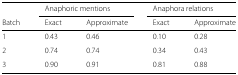
|  | <COLSPAN=2> Anaphoric mentions | <COLSPAN=2> Anaphora relations |
 | Batch | Exact | Approximate | Exact | Approximate |
 | --- | --- | --- | --- | --- |
 | 1 | 0.43 | 0.46 | 0.10 | 0.28 |
 | 2 | 0.74 | 0.74 | 0.34 | 0.43 |
 | 3 | 0.90 | 0.91 | 0.81 | 0.88 |